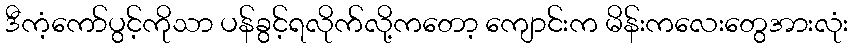
ဒီကံ့ကော်ပွင့်ကိုသာ ပန်ခွင့်ရလိုက်လို့ကတော့ ကျောင်းက မိန်းကလေးတွေအားလုံး